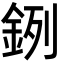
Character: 𨦙